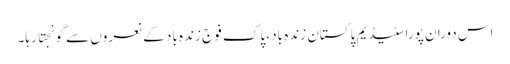
اس دوران پورا سٹیڈیم پاکستان زندہ باد، پاک فوج زندہ باد کے نعروں سے گونجتا رہا۔